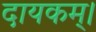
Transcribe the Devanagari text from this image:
दायकम्।